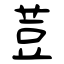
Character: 荳